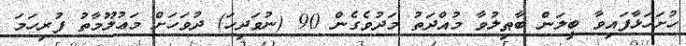
ހުށަހަޅާފައިވާ ބީލަން ބާޠިލުވާ މުއްދަތު މަދުވެގެން 90 (ނުވަދިހަ) ދުވަހަށް މަޢުލޫމާތު ފުރިހަމަ